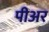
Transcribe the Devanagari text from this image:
पीअर